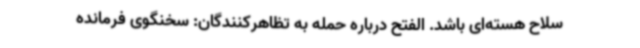
سلاح هسته‌ای باشد. الفتح درباره حمله به تظاهرکنندگان: سخنگوی فرمانده